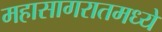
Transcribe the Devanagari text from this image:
महासागरातमध्ये